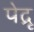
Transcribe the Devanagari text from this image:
पेद्रू